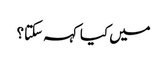
میں کیا کہہ سکتا؟